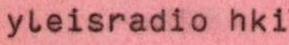
yleisradio hki